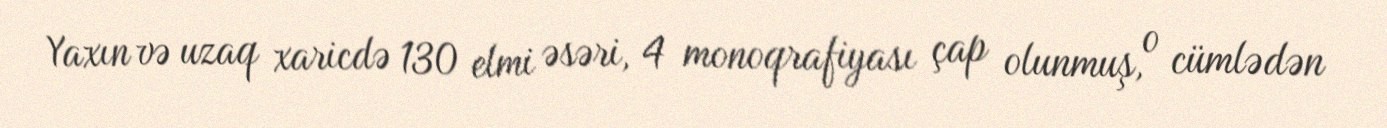
Yaxın və uzaq xaricdə 130 elmi əsəri, 4 monoqrafiyası çap olunmuş, o cümlədən